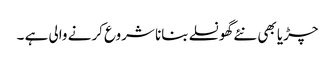
چڑیا بھی نئے گھونسلے بنانا شروع کرنے والی ہے ۔